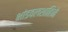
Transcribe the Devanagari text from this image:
भांडवलशाहिने